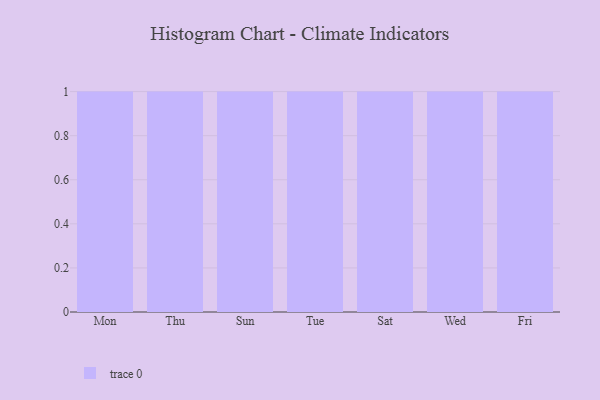
{"axis": {"x": "Day", "y": "Satisfaction Score"}, "legend": [""], "data": [{"x": "Mon", "y": 90, "type": ""}, {"x": "Thu", "y": 97, "type": ""}, {"x": "Sun", "y": 98, "type": ""}, {"x": "Tue", "y": 82, "type": ""}, {"x": "Sat", "y": 85, "type": ""}, {"x": "Wed", "y": 83, "type": ""}, {"x": "Fri", "y": 43, "type": ""}]}